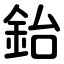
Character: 鈶